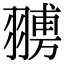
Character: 𦒊